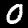
Digit: 0